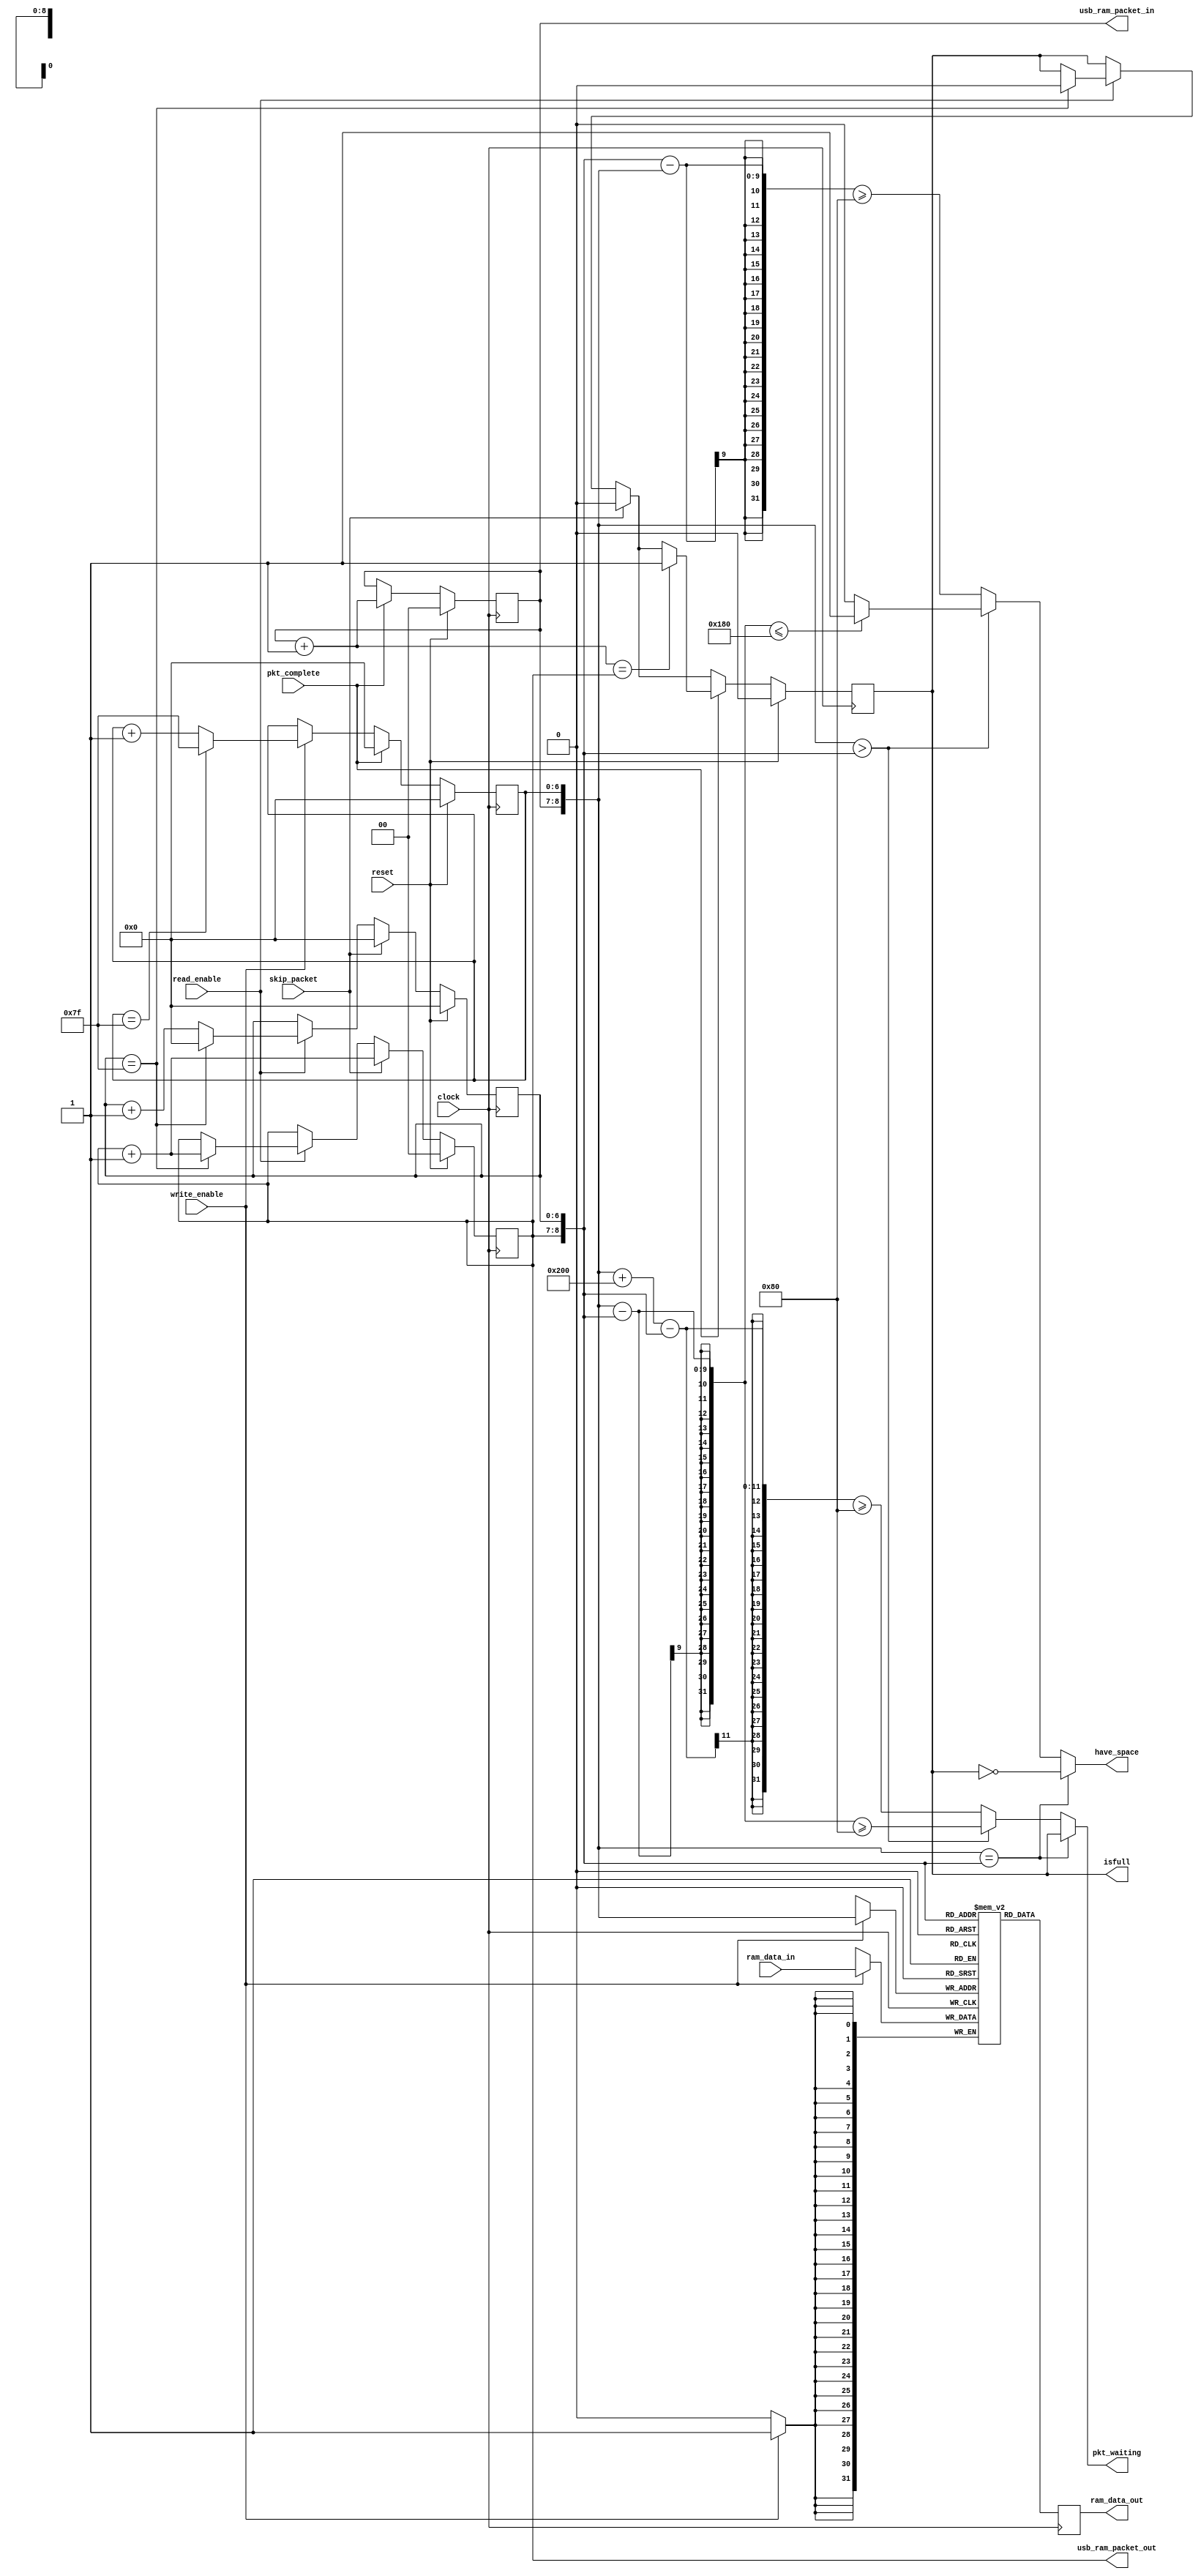
module data_packet_fifo 
  ( input       reset,
    input       clock,
    input       [31:0]ram_data_in,
    input       write_enable,
    output  reg have_space,
    output  reg [31:0]ram_data_out,
    output  reg pkt_waiting,
	output	reg	isfull,
	output	reg [1:0]usb_ram_packet_out,
	output	reg [1:0]usb_ram_packet_in,
    input       read_enable,
    input       pkt_complete,
    input       skip_packet) ;

    /* Some parameters for usage later on */
    parameter DATA_WIDTH = 32 ;
    parameter PKT_DEPTH = 128 ;
    parameter NUM_PACKETS = 4 ;

    /* Create the RAM here */
    reg [DATA_WIDTH-1:0] usb_ram [PKT_DEPTH*NUM_PACKETS-1:0] ;

    /* Create the address signals */
    reg [6:0] usb_ram_offset_out ;
    //reg [1:0] usb_ram_packet_out ;
    reg [6:0] usb_ram_offset_in ;
    //reg [1:0] usb_ram_packet_in ;

    wire [6-2+NUM_PACKETS:0] usb_ram_aout ;
    wire [6-2+NUM_PACKETS:0] usb_ram_ain ;
    //reg isfull;

    assign usb_ram_aout = {usb_ram_packet_out, usb_ram_offset_out} ;
    assign usb_ram_ain = {usb_ram_packet_in, usb_ram_offset_in} ;
    
    // Check if there is one full packet to process
    always @(usb_ram_ain, usb_ram_aout, isfull)
    begin
        if (usb_ram_ain == usb_ram_aout)
            pkt_waiting <= isfull ;
        else if (usb_ram_ain > usb_ram_aout)
            pkt_waiting <= (usb_ram_ain - usb_ram_aout) >= PKT_DEPTH;
        else
            pkt_waiting <= (usb_ram_ain + 10'b1000000000 - usb_ram_aout) >= PKT_DEPTH;
    end
 
    // Check if there is room
    always @(usb_ram_ain, usb_ram_aout, isfull)
    begin
        if (usb_ram_ain == usb_ram_aout)
            have_space <= ~isfull;   
        else if (usb_ram_ain > usb_ram_aout)
            have_space <= ((usb_ram_ain - usb_ram_aout) <= PKT_DEPTH * (NUM_PACKETS - 1))? 1'b1 : 1'b0;
        else
            have_space <= (usb_ram_aout - usb_ram_ain) >= PKT_DEPTH;
    end



    /* RAM Writing/Reading process */
    always @(posedge clock)
    begin
        if( write_enable ) 
          begin
            usb_ram[usb_ram_ain] <= ram_data_in ;
          end
		ram_data_out <= usb_ram[usb_ram_aout] ;
    end

    /* RAM Write/Read Address process */
    always @(posedge clock)
    begin
        if( reset ) 
          begin
            usb_ram_packet_out <= 0 ;
            usb_ram_offset_out <= 0 ;
			usb_ram_offset_in <= 0 ;
            usb_ram_packet_in <= 0 ;
            isfull <= 0;
          end
        else
		  begin
            if( skip_packet )
              begin
                usb_ram_packet_out <= usb_ram_packet_out + 1 ;
                usb_ram_offset_out <= 0 ;
                isfull <= 0;
              end
            else if(read_enable) 
			  begin
                if( usb_ram_offset_out == 7'b1111111 )
                  begin
                    isfull <= 0 ;
                    usb_ram_offset_out <= 0 ;
                    usb_ram_packet_out <= usb_ram_packet_out + 1 ;
                  end
                else
                    usb_ram_offset_out <= usb_ram_offset_out + 1 ;  
              end
			if( pkt_complete )
              begin
                usb_ram_packet_in <= usb_ram_packet_in + 1 ;
                usb_ram_offset_in <= 0 ;
                if ((usb_ram_packet_in + 2'b1) == usb_ram_packet_out)
                    isfull <= 1 ;
              end
            else if( write_enable ) 
              begin
                if (usb_ram_offset_in == 7'b1111111)
                    usb_ram_offset_in <= 7'b1111111 ;    
                else
                    usb_ram_offset_in <= usb_ram_offset_in + 1 ;
              end
		  end
    end

endmodule